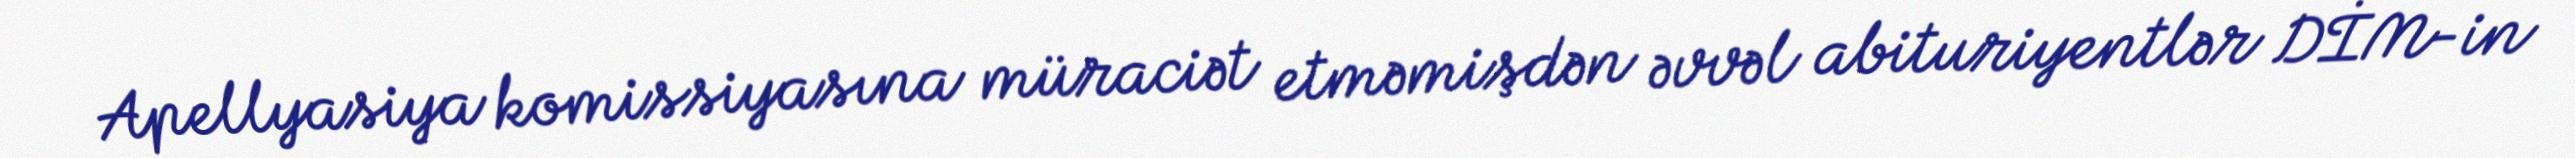
Apellyasiya komissiyasına müraciət etməmişdən əvvəl abituriyentlər DİM-in